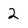
Character: 2